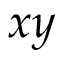
x y